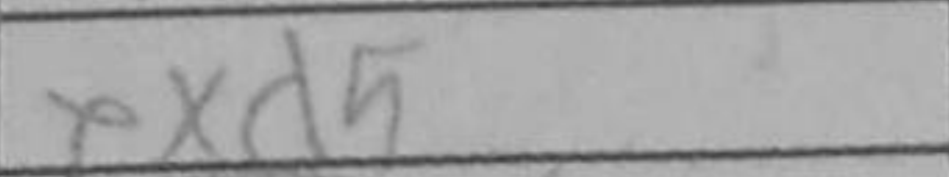
Transcription: exd5